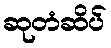
ဆုတံဆိပ်